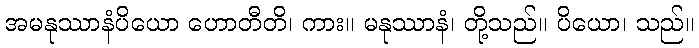
အမနုဿာနံပိယော ဟောတီတိ၊ ကား။ မနုဿာနံ၊ တို့သည်။ ပိယော၊ သည်။